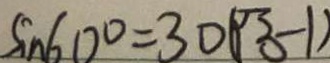
S i n 6 0 ^ { \circ } = 3 0 ( \sqrt { 3 } - 1 )